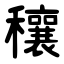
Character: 穰